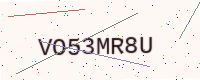
Text: VO53MR8U